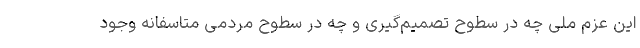
این عزم ملی چه در سطوح تصمیم‌گیری و چه در سطوح مردمی متاسفانه وجود